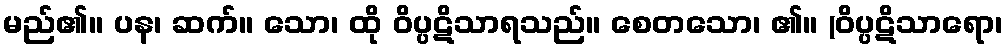
မည်၏။ ပန၊ ဆက်။ သော၊ ထို ဝိပ္ပဋိသာရသည်။ စေတသော၊ ၏။ (ဝိပ္ပဋိသာရော၊